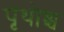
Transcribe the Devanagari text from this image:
पृथोश्च